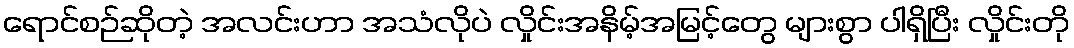
ရောင်စဉ်ဆိုတဲ့ အလင်းဟာ အသံလိုပဲ လှိုင်းအနိမ့်အမြင့်တွေ များစွာ ပါရှိပြီး လှိုင်းတို